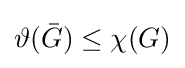
\vartheta ({\bar {G}})\leq \chi (G)